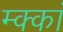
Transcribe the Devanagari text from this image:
म्क्कां